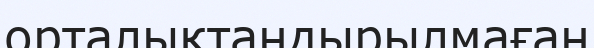
орталықтандырылмаған